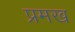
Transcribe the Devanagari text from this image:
प्रमख